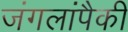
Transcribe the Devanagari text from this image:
जंगलांपैकी